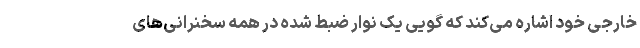
خارجی خود اشاره می‌کند که گویی یک نوار ضبط شده در همه سخنرانی‌های